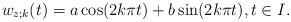
LaTeX: \begin{align*} w_{z;k} (t) = a \cos (2k\pi t) + b\sin (2k\pi t),t\in I .\end{align*}